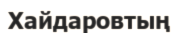
Хайдаровтың